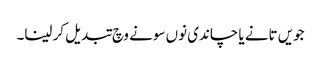
جویں تانے یا چاندی نوں سونے وچ تبدیل کر لینا۔